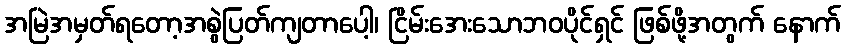
အမြဲအမှတ်ရတော့အစွဲပြတ်ကျတာပေါ့၊ ငြိမ်းအေးသောဘဝပိုင်ရှင် ဖြစ်ဖို့အတွက် နောက်